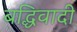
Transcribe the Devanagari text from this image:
बद्धिवादी